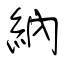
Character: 納